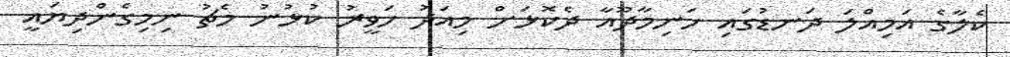
ކެލާގެ އަމިއްލަ ދަނޑުގައި ހަނިމާދޫއާ ދެކޮޅަށް މިއަދު ހަވީރު ކުޅުނު މެޗު ނިމިގެންދިޔައީ